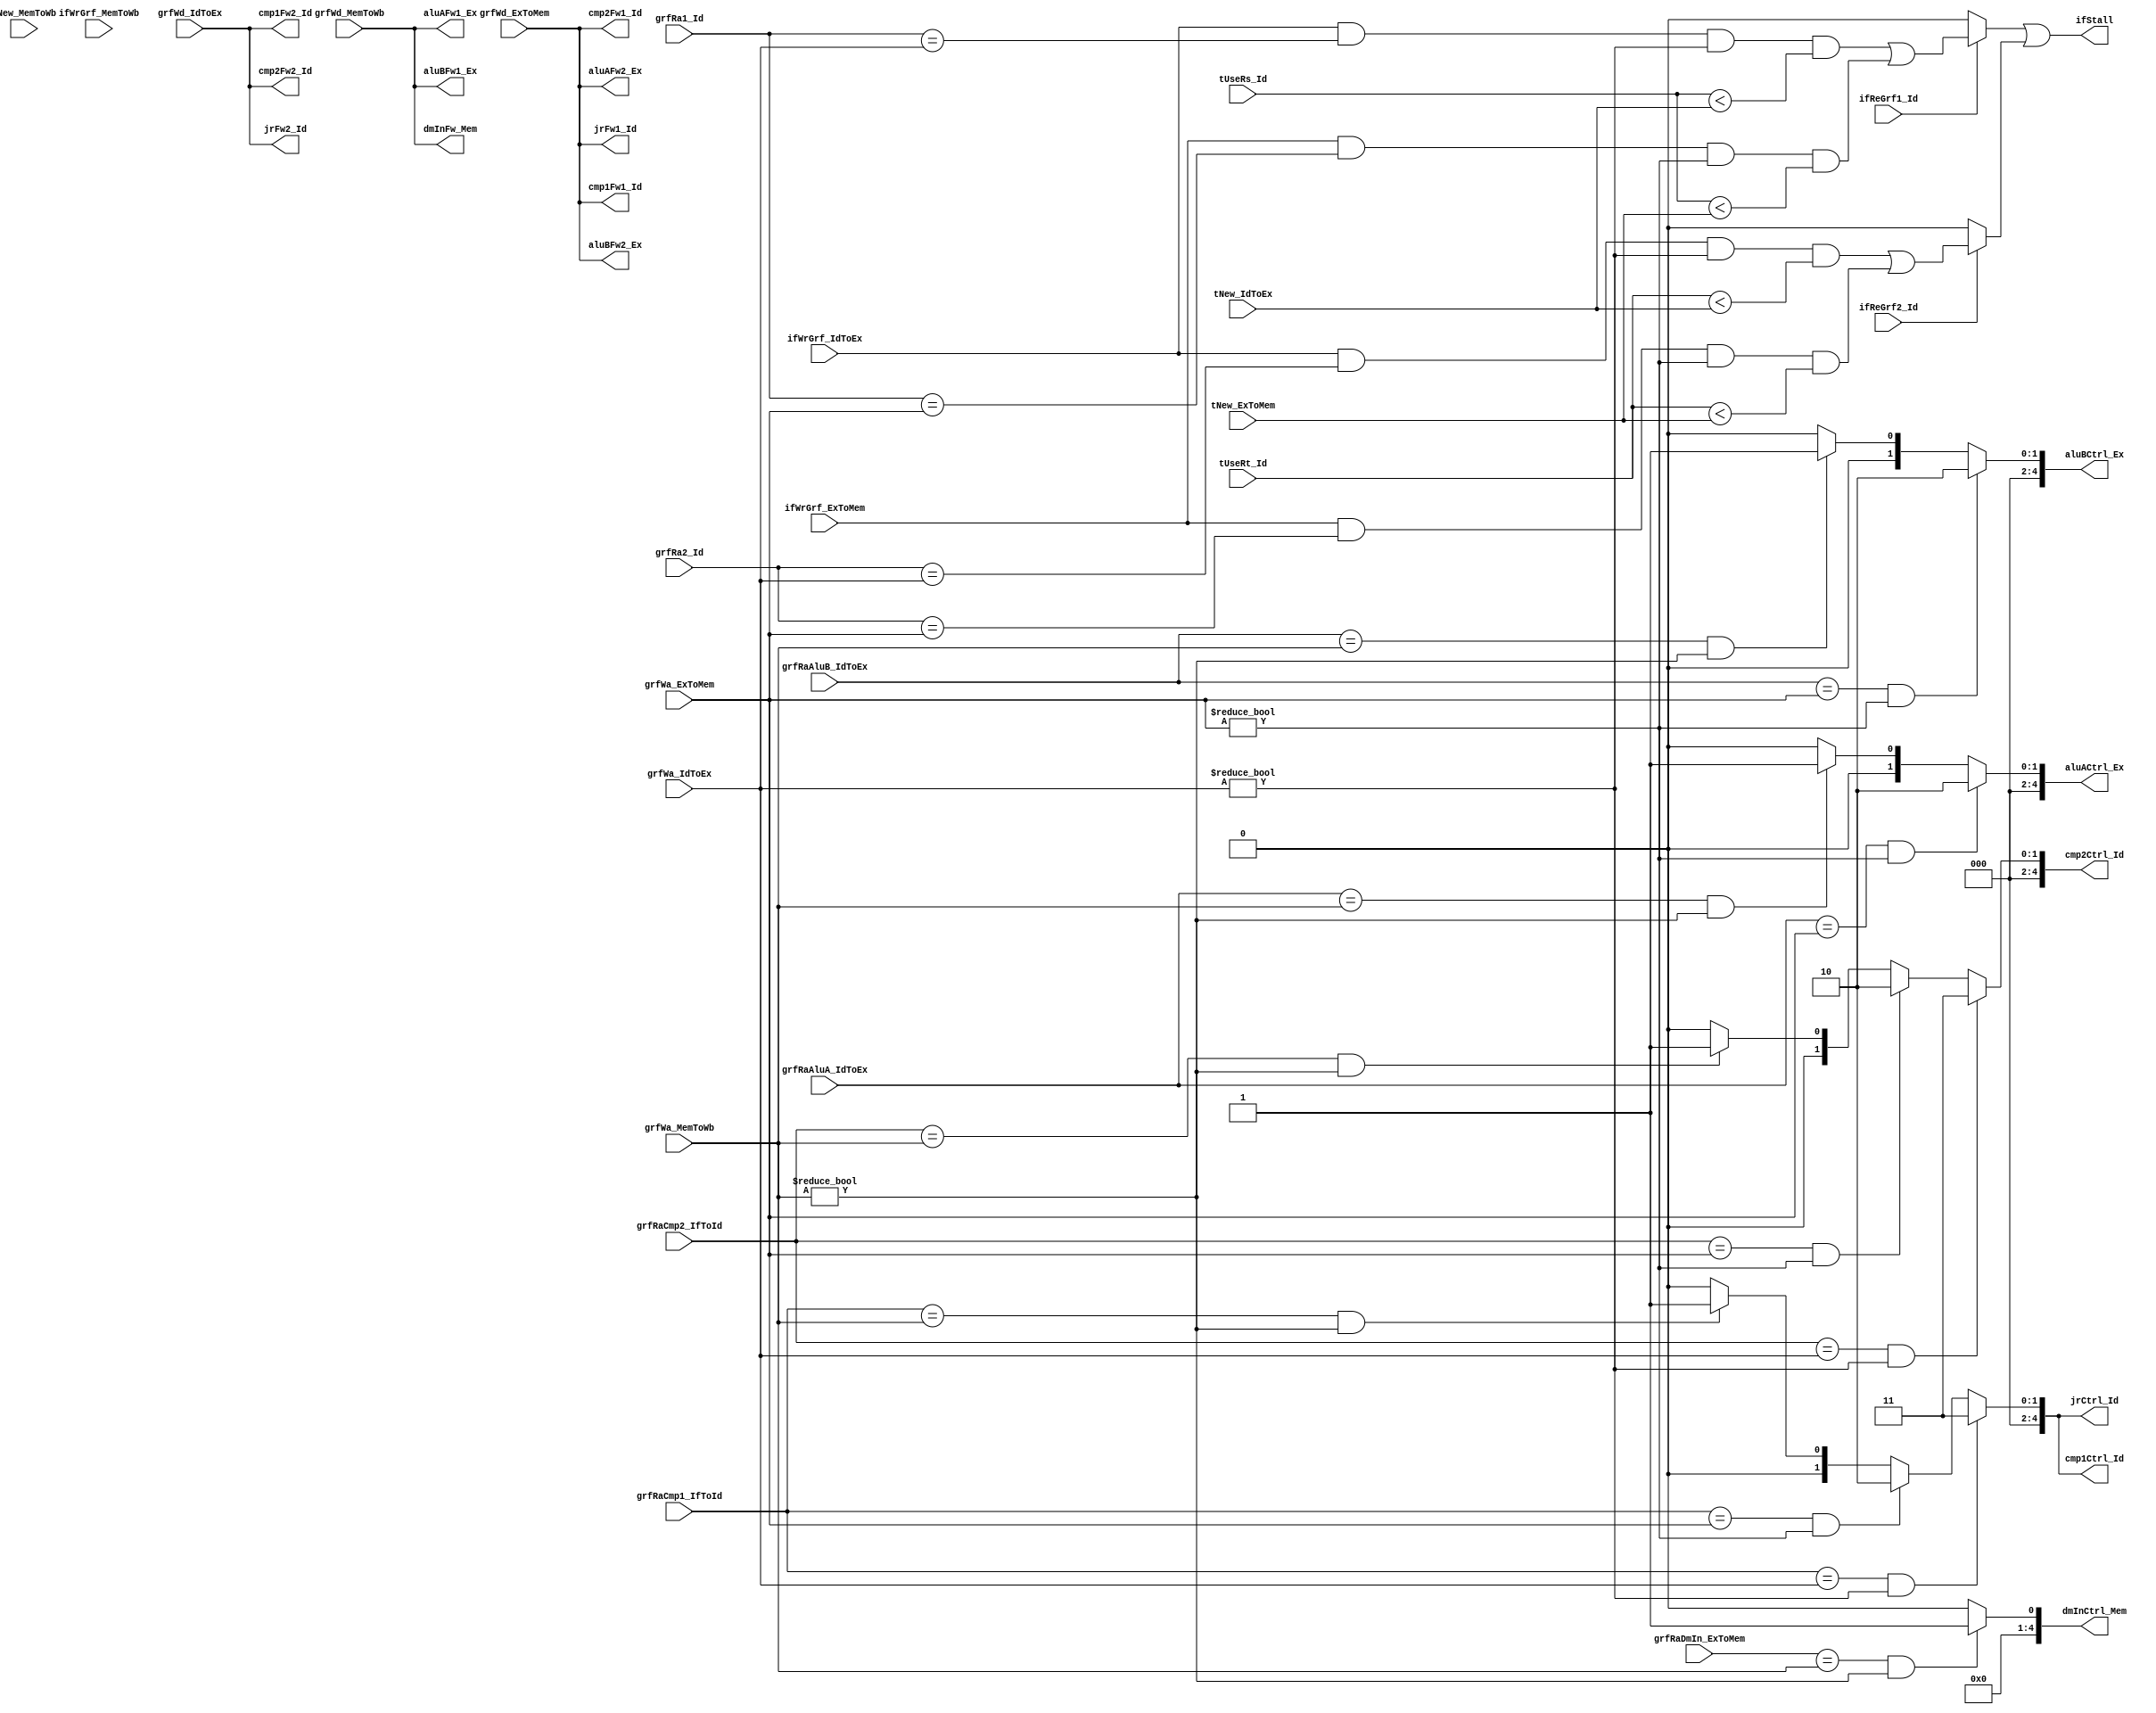
`timescale 1ns / 1ps
//////////////////////////////////////////////////////////////////////////////////
// Company: 
// Engineer: 
// 
// Design Name: 
// Module Name:    Hazzard 
// Project Name: 
// Target Devices: 
// Tool versions: 
// Description: 
//
// Dependencies: 
//
// Revision: 
// Revision 0.01 - File Created
// Additional Comments: 
//
//////////////////////////////////////////////////////////////////////////////////
module Hazzard(
	//Id readAddr and tUse
	input ifReGrf1_Id,
	input ifReGrf2_Id,
	input [4:0]grfRa1_Id,
	input [4:0]grfRa2_Id,
	input [4:0]tUseRs_Id,
	input [4:0]tUseRt_Id,
	//others' writeAddr and tNew
	//Ex
	input ifWrGrf_IdToEx,
	input [4:0]grfWa_IdToEx,
	input [4:0]tNew_IdToEx,
	input [31:0]grfWd_IdToEx,
	//Mem
	input ifWrGrf_ExToMem,
	input [4:0]grfWa_ExToMem,
	input [4:0]tNew_ExToMem,
	input [31:0]grfWd_ExToMem,
	//Wb
	input ifWrGrf_MemToWb,
	input [4:0]grfWa_MemToWb,
	input [4:0]tNew_MemToWb,
	input [31:0]grfWd_MemToWb,
	///////////
	//cmp
	input [4:0]grfRaCmp1_IfToId,
	input [4:0]grfRaCmp2_IfToId,
	//alu
	input [4:0]grfRaAluA_IdToEx,
	input [4:0]grfRaAluB_IdToEx,
	//dm
	input [4:0]grfRaDmIn_ExToMem,
	
	output ifStall,
	//cmp
	output [4:0]cmp1Ctrl_Id,
	output [4:0]cmp2Ctrl_Id,
	output [31:0]cmp1Fw1_Id,
	output [31:0]cmp1Fw2_Id,
	output [31:0]cmp2Fw1_Id,
	output [31:0]cmp2Fw2_Id,
	//alu
	output [4:0]aluACtrl_Ex,
	output [4:0]aluBCtrl_Ex,
	output [31:0]aluAFw1_Ex,
	output [31:0]aluAFw2_Ex,
	output [31:0]aluBFw1_Ex,
	output [31:0]aluBFw2_Ex,
	//dm
	output [4:0]dmInCtrl_Mem,
	output [31:0]dmInFw_Mem,
	//jr
	output [4:0]jrCtrl_Id,
	output [31:0]jrFw1_Id,
	output [31:0]jrFw2_Id
    );
	
	//for stall
	wire judge1;
	wire judge2;
	assign judge1 = (ifReGrf1_Id == 0)? 0:
						 (ifWrGrf_IdToEx && 
						  (grfRa1_Id == grfWa_IdToEx) && 
						  (grfWa_IdToEx != 0) && 
						  (tUseRs_Id < tNew_IdToEx)
						 ) | 
						 (ifWrGrf_ExToMem &&
						  (grfRa1_Id == grfWa_ExToMem) &&
						  (grfWa_ExToMem != 0) &&
						  (tUseRs_Id < tNew_ExToMem)
						 );
	assign judge2 = (ifReGrf2_Id == 0)? 0:
						 ((ifWrGrf_IdToEx) &&
						  (grfRa2_Id == grfWa_IdToEx) && 
						  (grfWa_IdToEx != 0) && 
						  (tUseRt_Id < tNew_IdToEx)
						 ) | 
						 ((ifWrGrf_ExToMem) &&
						  (grfRa2_Id == grfWa_ExToMem) &&
						  (grfWa_ExToMem != 0) &&
						  (tUseRt_Id < tNew_ExToMem)
						 );
	assign ifStall = judge1 || judge2;
	///////////
	
	//for IdCmp
	//1: wb, 2: fw1, 3: fw2
	assign cmp1Fw1_Id = grfWd_ExToMem;
	assign cmp1Fw2_Id = grfWd_IdToEx;
	//forward the new value
	assign cmp1Ctrl_Id = ((grfRaCmp1_IfToId == grfWa_IdToEx) && (grfWa_IdToEx != 0))? 3:
								((grfRaCmp1_IfToId == grfWa_ExToMem) && (grfWa_ExToMem != 0))? 2:
								((grfRaCmp1_IfToId == grfWa_MemToWb) && (grfWa_MemToWb != 0))? 1:
								0;
	assign cmp2Fw1_Id = grfWd_ExToMem;
	assign cmp2Fw2_Id = grfWd_IdToEx;
	assign cmp2Ctrl_Id = ((grfRaCmp2_IfToId == grfWa_IdToEx) && (grfWa_IdToEx != 0))? 3:
								((grfRaCmp2_IfToId == grfWa_ExToMem) && (grfWa_ExToMem != 0))? 2:
								((grfRaCmp2_IfToId == grfWa_MemToWb) && (grfWa_MemToWb != 0))? 1:
								0;
	////////////
	
	//for ExAlu
	//1: fw1, 2: fw2
	//forward the new value
	assign aluAFw1_Ex = grfWd_MemToWb;
	assign aluAFw2_Ex = grfWd_ExToMem;
	
	assign aluACtrl_Ex = ((grfRaAluA_IdToEx == grfWa_ExToMem) && (grfWa_ExToMem != 0))? 2:
								((grfRaAluA_IdToEx == grfWa_MemToWb) && (grfWa_MemToWb != 0))? 1:
								0;
	assign aluBFw1_Ex = grfWd_MemToWb;
	assign aluBFw2_Ex = grfWd_ExToMem;
	assign aluBCtrl_Ex = ((grfRaAluB_IdToEx == grfWa_ExToMem) && (grfWa_ExToMem != 0))? 2:
								((grfRaAluB_IdToEx == grfWa_MemToWb) && (grfWa_MemToWb != 0))? 1:
								0;
	////////////
	
	//for dmIn
	assign dmInFw_Mem = grfWd_MemToWb;
	assign dmInCtrl_Mem = ((grfRaDmIn_ExToMem == grfWa_MemToWb) && (grfWa_MemToWb != 0))? 1:
								 0;
	//////////
	
	//for pc
	assign jrFw1_Id = grfWd_ExToMem;
	assign jrFw2_Id = grfWd_IdToEx;
	assign jrCtrl_Id = ((grfRaCmp1_IfToId == grfWa_IdToEx) && (grfWa_IdToEx != 0))? 3:
							 ((grfRaCmp1_IfToId == grfWa_ExToMem) && (grfWa_ExToMem != 0))? 2:
							 ((grfRaCmp1_IfToId == grfWa_MemToWb) && (grfWa_MemToWb != 0))? 1:
						    0;
	////////
	
endmodule